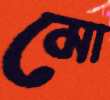
মো